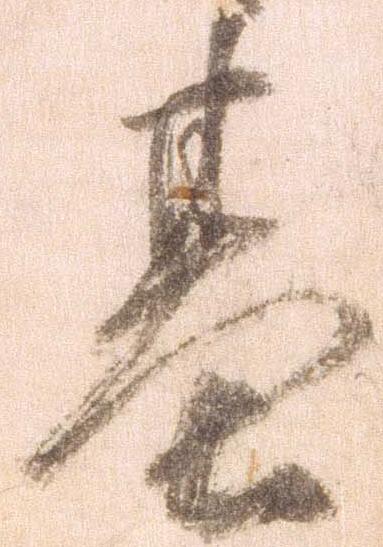
基